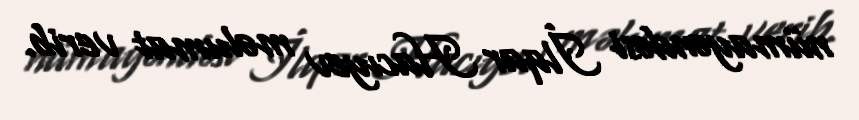
nümayəndəsi İlqar Hacıyev məlumat verib.